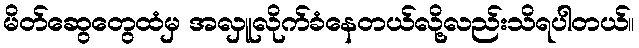
မိတ်ဆွေတွေထံမှ အလှူလိုက်ခံနေတယ်လို့လည်းသိရပါတယ်။